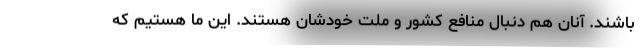
باشند. آنان هم دنبال منافع کشور و ملت خودشان هستند. این ما هستیم که